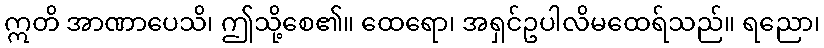
ဣတိ အာဏာပေသိ၊ ဤသို့စေ၏။ ထေရော၊ အရှင်ဥပါလိမထေရ်သည်။ ရညော၊